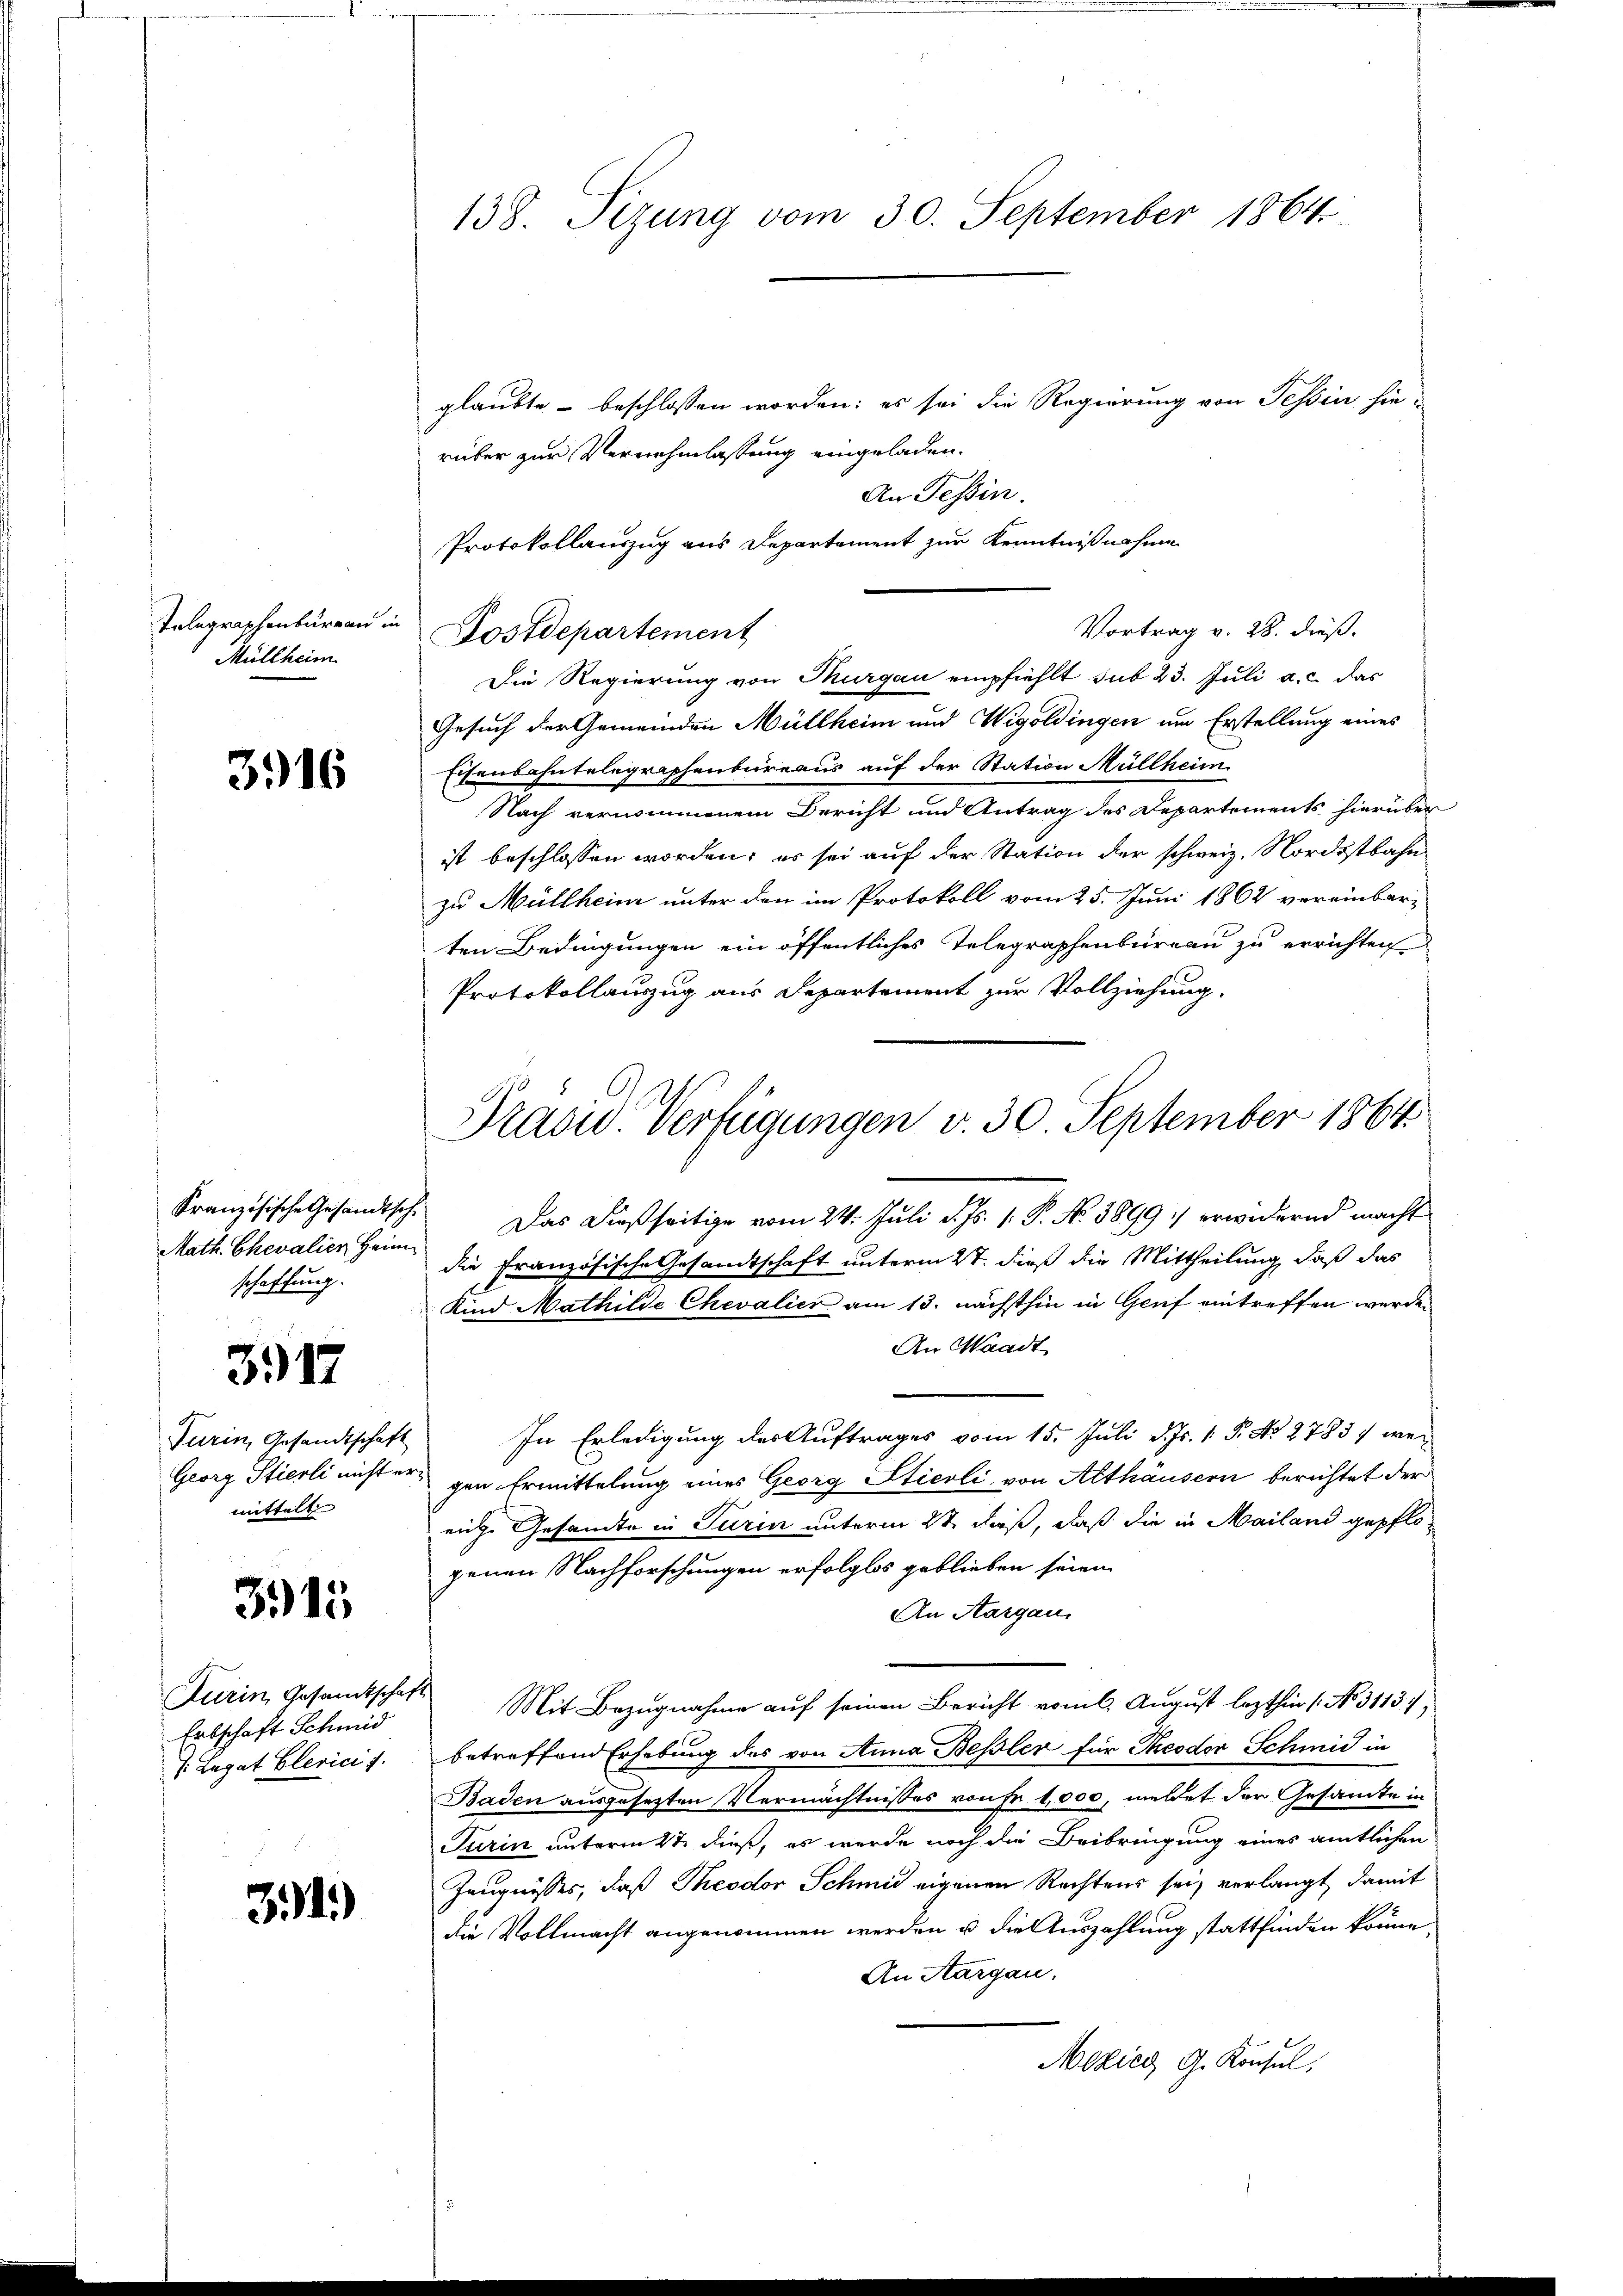
Telegraphenburgau u
Müllheim

3916

Französische Gesandtsche
Math. Chevalier Heim
schaffung.

3917

Turin, Gesandtschaft
mittelt

3915.

Aurin, Gesamtschaft
Erbschaft Schmid
J. Legat Clerici s.

34)

138. Sitzung vom 30. September 1864

glaubte – beschlossen worden; es sei die Regierung von Tessin hierüber zur Vernehmlassung eingeladen.
An Tessin.
Die Regierung von Thurgau empfiehlt sub 23. Juli a.c. das
Gesuch der Gemeinden Müllheim und Wigoldingen um Erstellung eines
Eisenbahntelegraphenbüreaus auf der Station Müllheim
Nach vernommenem Bericht und Antrag des Departements hierüber
ist beschlossen worden; es sei auf der Station der schweiz. Nordostbahn
zu Müllheim unter den im Protokoll vom 25. Juni 1862 vereinbar-
ten Bedingungen ein öffentliches Telegraphenbureau zu errichten
Protokollauszug aus Departement zur Vollziehung.
die Französische Gesandtschaft unterm 2t. dieß die Mittheilung, daß das
Kind Mathilde Chevalier am 13. nächsthin in Genf eintreffen werden
An Waadt
In Erledigung der Auftrages vom 15. Juli d. Js. 1. P. No. 2783) wei
Georg Stierli nicht er gen Ermittelung eines Georg Sticoli von Althäusern berichtet der
eiche Gesandte in Turin unterm 2t dieß, daß die in Mailand gepflo-
genen Nachforschungen erfolglos geblieben seien.
An Aargau.
Mit Bezugnahme auf seinen Bericht vom 6. August lezthin 1. No. 3113/
betreffend Erhebung des von Anna Bessler für Theodor Schmid in
Baden ausgesezten Vermächtnisses von Fr. 1000, weldet der Gesamte in
Turin unterm 2t dieß, es werde noch die Beibringung eines amtlichen
Zeugnisses, daß Theodor Schmid eigenen Rechtens sei, verlangt, damit
die Vollmacht angenommen werden u die Auszahlung stattfinden könne,
An Aargau.
Mekies G. Konsul

Postdepartement

Präsid. Verfügungen v. 30 September 1864.
Das dießseitige vom 24. Juli d. Js. 1. P. No. 3899) erwidernd macht

Protokollauszug aus Departement zur Kenntnißnahme
Vortrag v. 28. dieß.